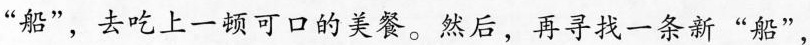
”船”，去吃上一顿可口的美餐。然后，再寻找一条新”船”，